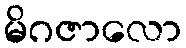
မိဂဇာလော